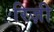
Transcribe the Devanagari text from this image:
रिज़ी